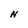
Character: N